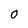
Character: 0